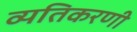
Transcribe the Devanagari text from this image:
व्यतिकरणी